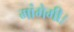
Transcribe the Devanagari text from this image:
मांगेगी।